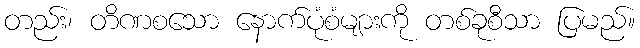
တည်း၊ တိဏစသော နောက်ပုံစံများကို တစ်ခုစီသာ ပြမည်။